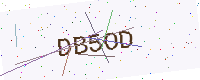
Text: DB5OD